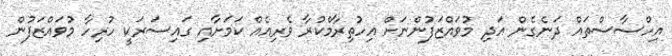
އިހްސާސްތައް ދަނެގެން އަދި މުވައްޒަފުންނަށް އިހުތިރާމްކުރާ ވެރިއެއް ކަމަށާއި ގައިސަރަކީ ހުރިހާ މުވައްޒަފުން